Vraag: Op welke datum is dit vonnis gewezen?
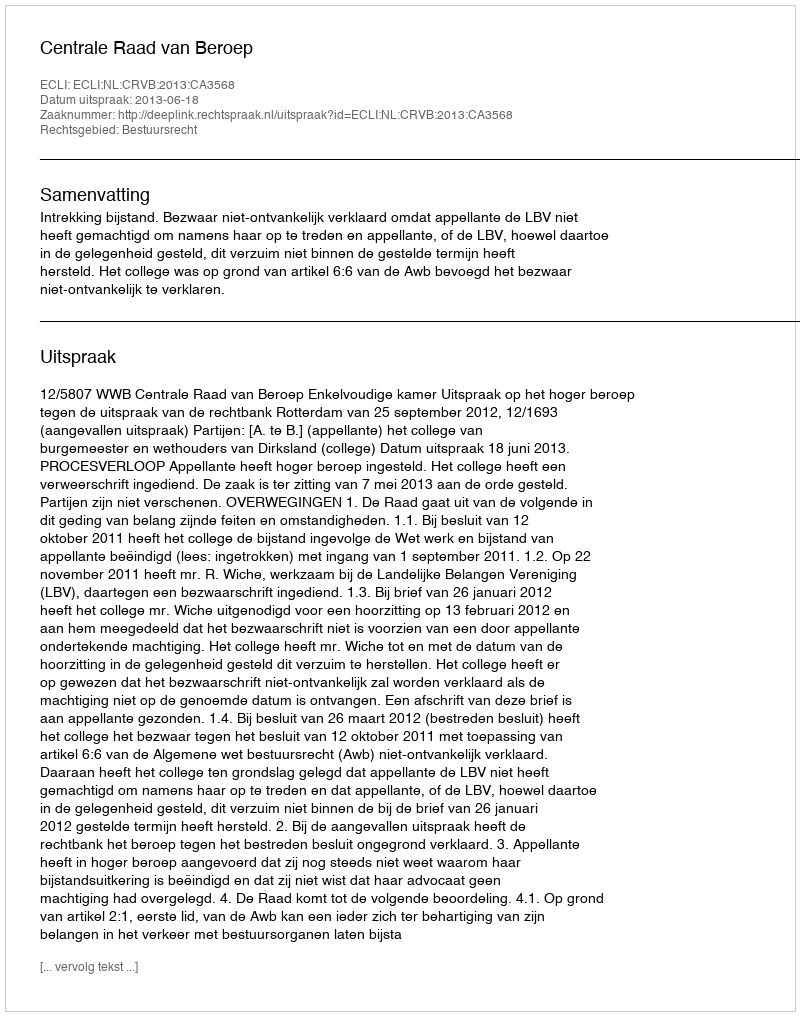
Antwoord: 2013-06-18